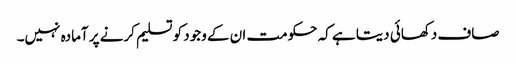
صاف دکھائی دیتا ہے کہ حکومت ان کے وجود کو تسلیم کرنے پر آمادہ نہیں۔